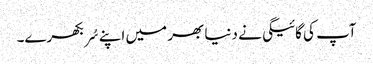
آپ کی گائیگی نے دنیا بھر میں اپنے سُر بکھرے۔